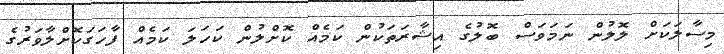
މިސާލަކަށް ލޮލުން ނަމަވަސް ބޮލުގެ އިޝާރަތަކުން ކަމެއް ކޮށްލުން ކަހަލަ ކަމެއް ފާހަގަކޮށްލާވަރުގެ